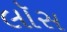
લૉસ